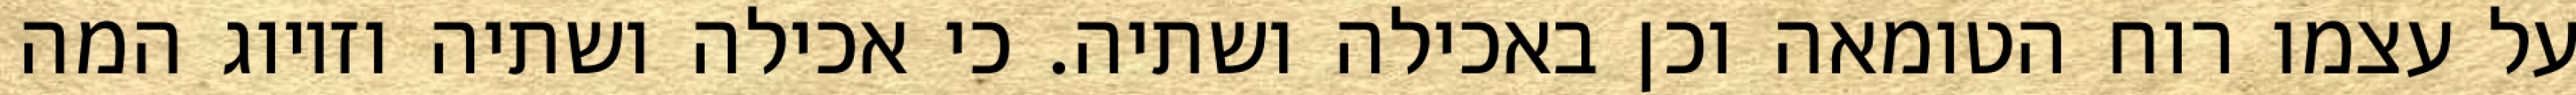
על עצמו רוח הטומאה וכן באכילה ושתיה. כי אכילה ושתיה וזיווג המה